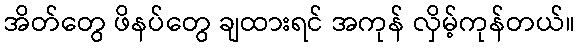
အိတ်တွေ ဖိနပ်တွေ ချထားရင် အကုန် လှိမ့်ကုန်တယ်။